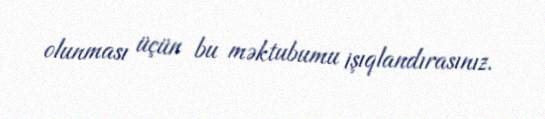
olunması üçün bu məktubumu işıqlandırasınız.